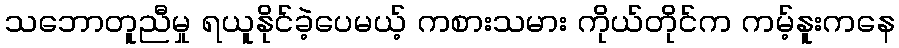
သဘောတူညီမှု ရယူနိုင်ခဲ့ပေမယ့် ကစားသမား ကိုယ်တိုင်က ကမ့်နူးကနေ